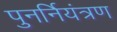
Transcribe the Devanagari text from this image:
पुनर्नियंत्रण